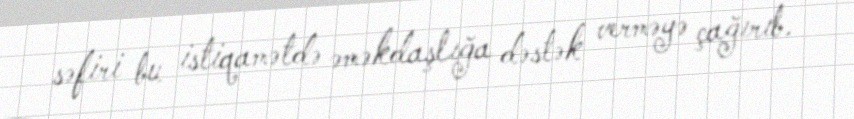
səfiri bu istiqamətdə əməkdaşlığa dəstək verməyə çağırıb.